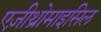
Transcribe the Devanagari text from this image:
एज़ीथ्रोमाइसिल